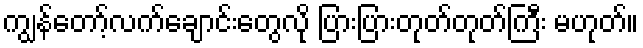
ကျွန်တော့်လက်ချောင်းတွေလို ပြားပြားတုတ်တုတ်ကြီး မဟုတ်။